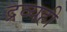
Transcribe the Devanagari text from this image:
द्रव्यही